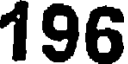
196